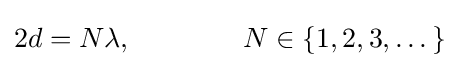
2d=N\lambda ,\qquad \qquad N\in \{1,2,3,\dots \}